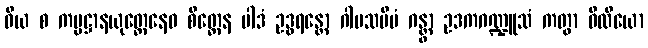
ဝိယ စ ကမ္မဋ္ဌာနယုတ္တေနေဝ စိတ္တေန ပါဒံ ဥဒ္ဓရန္တော ဂါမသမီပံ ဂန္တွာ ဥဒကဂဏ္ဍူသံ ကတွာ ဝီထိယော